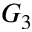
G _ { 3 }